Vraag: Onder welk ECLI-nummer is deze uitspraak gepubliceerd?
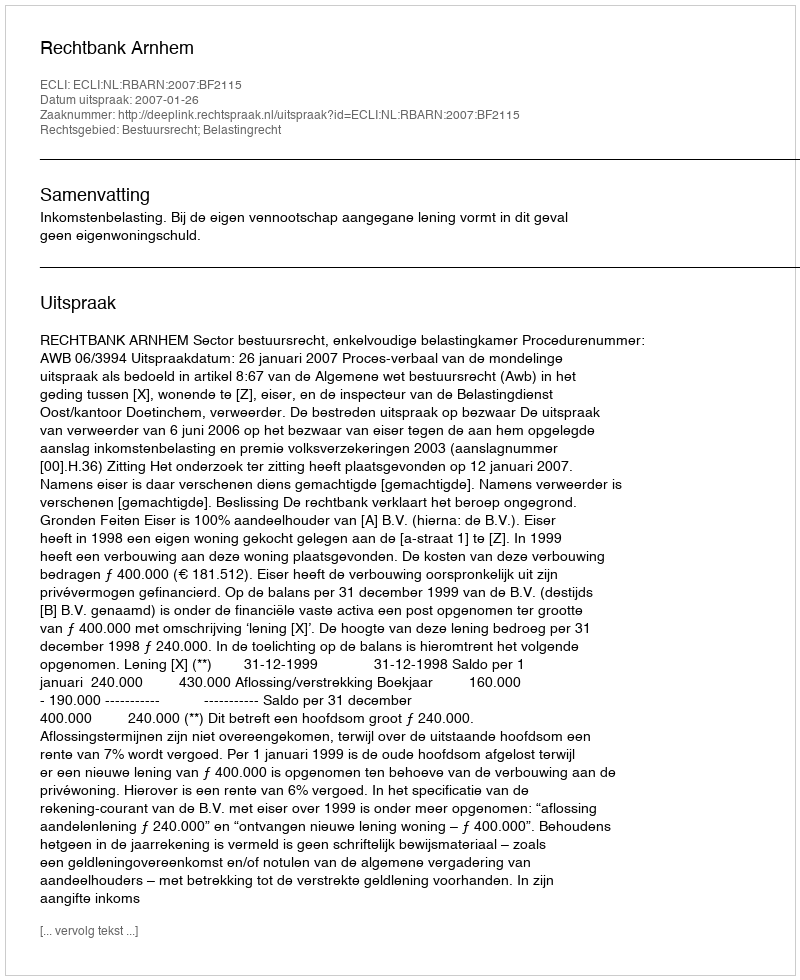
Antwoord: ECLI:NL:RBARN:2007:BF2115